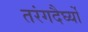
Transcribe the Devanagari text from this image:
तरंगदैर्घ्यों